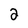
Character: 2